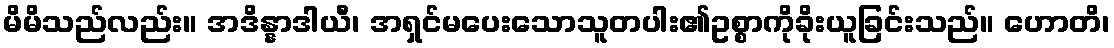
မိမိသည်လည်း။ အဒိန္နာဒါယီ၊ အရှင်မပေးသောသူတပါး၏ဥစ္စာကိုခိုးယူခြင်းသည်။ ဟောတိ၊